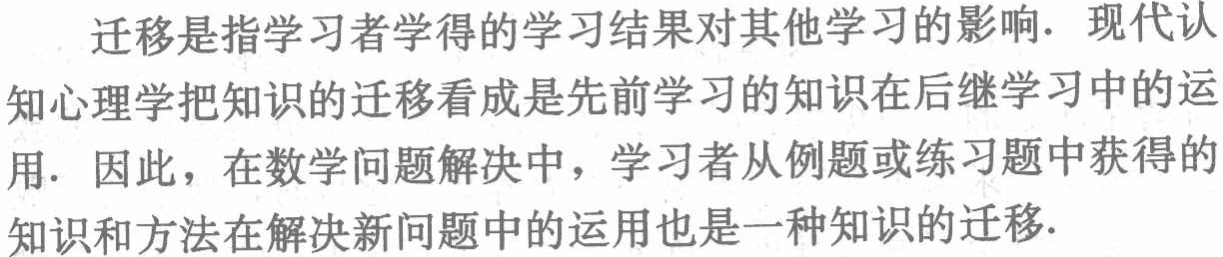
迁移是指学习者学得的学习结果对其他学习的影响. 现代认知心理学把知识的迁移看成是先前学习的知识在后继学习中的运用. 因此，在数学问题解决中，学习者从例题或练习题中获得的知识和方法在解决新问题中的运用也是一种知识的迁移.